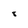
Character: 8